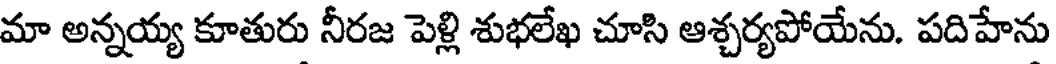
మా అన్నయ్య కూతురు నీరజ పెళ్లి శుభలేఖ చూసి ఆశ్చర్యపోయేను. పదిహేను